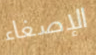
الإصغاء